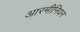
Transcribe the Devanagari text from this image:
आरमीनियन